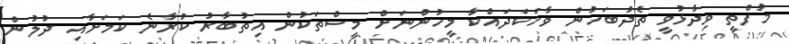
މުފްތީ ވިދާޅުވީ ތެދުބަހުން ވާހަކަދައްކާ މީހުންނަށް މީސްތަކުން އިތުބާރު ކުރާނެ ކަމަށާއި ދުލުން